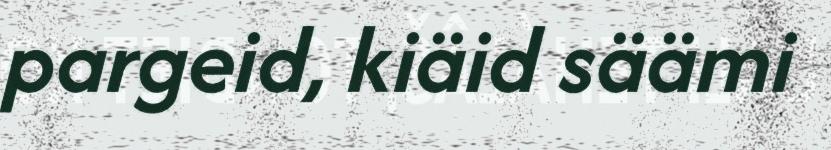
pargeid, kiäid säämi